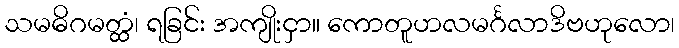
သမဓိဂမတ္ထံ၊ ရခြင်း အကျိုးငှာ။ ကောတူဟလမင်္ဂလာဒိဗဟုလော၊